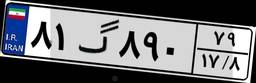
۸۱گ۸۹۰۷۹